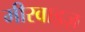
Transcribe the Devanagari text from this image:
मीरवाइज़